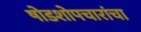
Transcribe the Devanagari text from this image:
षोडशोपचारांचा